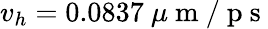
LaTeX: v_{h}=0.0837~\mu\mathrm{~m~/~p~s~}